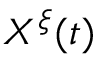
X ^ { \xi } ( t )